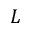
L